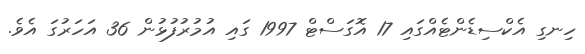
ހިނގި އެކްސިޑެންޓެއްގައި 17 އޮގަސްޓް 1997 ގައި އުމުރުފުޅުން 36 އަހަރުގަ އެވެ.